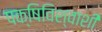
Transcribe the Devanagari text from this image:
पक्षिविश्वाशी